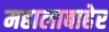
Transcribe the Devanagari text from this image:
महालाबाहेर